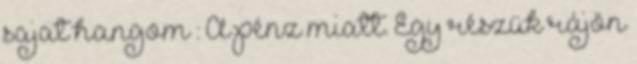
sajat hangom : A pénz miatt. Egy részük rájön